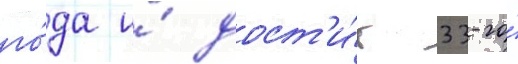
го́да и́ дост'и́г 33-го́